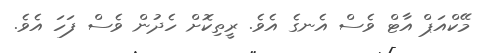
މޭކްއަޕް އާޓް ވެސް އެނގެ އެވެ. ރީތިކޮށް ހެދުން ވެސް ފަހަ އެވެ.